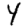
Digit: 4